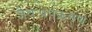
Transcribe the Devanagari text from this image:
जैवअपक्रमण